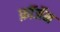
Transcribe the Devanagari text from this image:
फ़ॉर्जेम